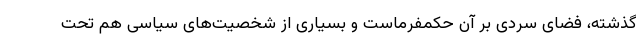
گذشته، فضای سردی بر آن حکمفرماست و بسیاری از شخصیت‌های سیاسی هم تحت